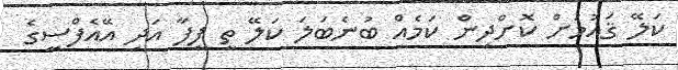
ކަލޭ ޤައުމަށް ކޮށްދިން ކަމެއް ބުނެބަލަ ކަލޭ ތީ ފީފާ އަދި އޭއެފްސީގެ